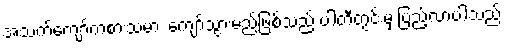
အသက်ကျော်ကစားသမား ကျော်သွားမည်ဖြစ်သည် ပါတီတွင်းမှ ပြည့်လာပါသည်